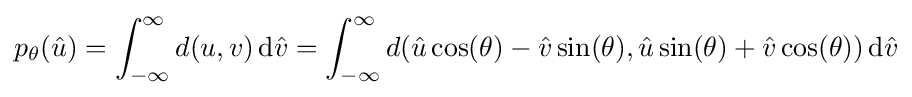
p_{\theta }({\hat {u}})=\int _{-\infty }^{\infty }d(u,v)\,\mathrm {d} {\hat {v}}=\int _{-\infty }^{\infty }d({\hat {u}}\cos(\theta )-{\hat {v}}\sin(\theta ),{\hat {u}}\sin(\theta )+{\hat {v}}\cos(\theta ))\,\mathrm {d} {\hat {v}}